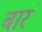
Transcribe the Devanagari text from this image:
बारं